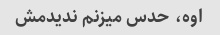
اوه، حدس میزنم ندیدمش